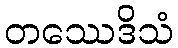
တဿေဒိသံ